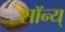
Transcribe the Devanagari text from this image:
सॉन्य्